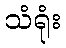
သံရုံး